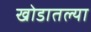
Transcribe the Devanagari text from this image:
खोडातल्या